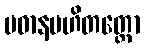
ပဓာနပဟိတတ္တော